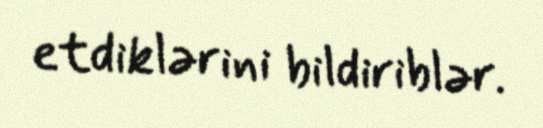
etdiklərini bildiriblər.